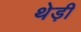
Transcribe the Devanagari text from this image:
थेड़ी